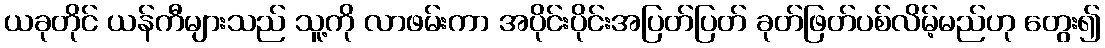
ယခုတိုင် ယန်ကီများသည် သူ့ကို လာဖမ်းကာ အပိုင်းပိုင်းအပြတ်ပြတ် ခုတ်ဖြတ်ပစ်လိမ့်မည်ဟု တွေး၍